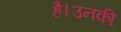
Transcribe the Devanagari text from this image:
है।उनकी